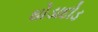
ઘોડાદોડ